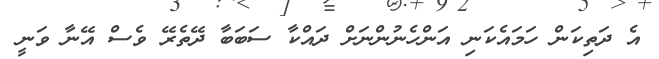
އެ ދަތިކަން ހަމައެކަނި އަންހެނުންނަށް ދައްކާ ސަބަބާ ދޭތެރޭ ވެސް އޭނާ ވަނީ